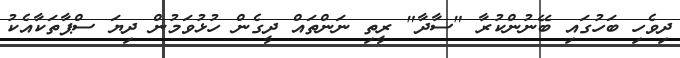
ދިވެހި ބަހުގައި ބޭނުންކުރާ "ސާދާ" ރީތި ނަންތައް ދީގެން ހުޅުވަމުން ދިޔަ ސްޕާތަކާއެކު